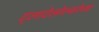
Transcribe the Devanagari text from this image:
ट्लाटेलोल्कोच्या